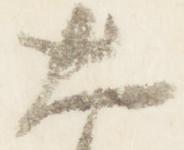
大